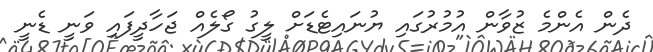
ދެން އެންމެ ޒުވާން އުމުރުގައި ޔުނައިޓެޑަށް ލީގު ގޯލެއް ޖަހާދީފައި ވަނީ ޑެނީ